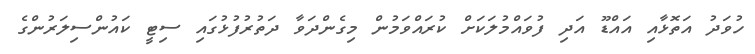
ހުވަދު އަތޮޅާއި އައްޑޫ އަދި ފުވައްމުލަކަށް ކުރައްވަމުން މިގެންދަވާ ދަތުރުފުޅުގައި ސިޓީ ކައުންސިލަރުންގެ